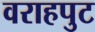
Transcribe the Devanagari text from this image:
वराहपुट